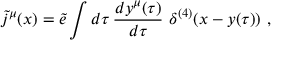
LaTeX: { \tilde { j } } ^ { \mu } ( x ) = { \tilde { e } } \int d \tau \, { \frac { d y ^ { \mu } ( \tau ) } { d \tau } } \, \, \delta ^ { ( 4 ) } ( x - y ( \tau ) ) \ ,